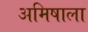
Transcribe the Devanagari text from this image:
अमिषाला